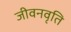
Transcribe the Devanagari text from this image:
जीवनवृति